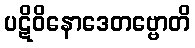
ပဋိဝိနောဒေတဗ္ဗောတိ